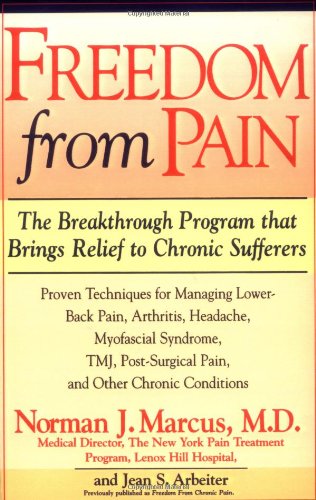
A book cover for Freedom from Pain: The Breakthrough Method of Pain Relief Based on the New York Pain Treatment Program at Lenox Hill Hospital; Norman J. Marcus; Health, Fitness & Dieting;